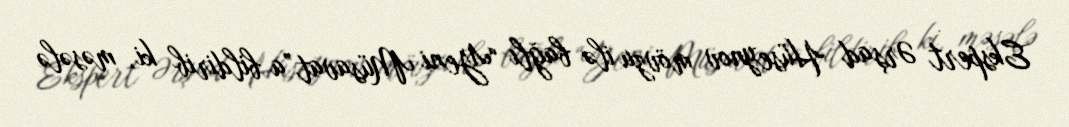
Ekspert Ərşad Hüseynov mövzu ilə bağlı “Yeni Müsavat”a bildirib ki, məsələ